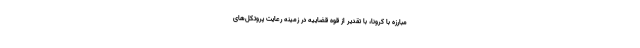
مبارزه با کرونا، با تقدیر از قوه قضاییه در زمینه رعایت پروتکل‌های